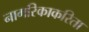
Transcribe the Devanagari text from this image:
नागरिकाकरिता